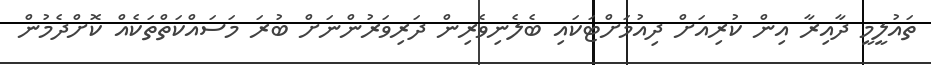
ތައުލީމީ ދާއިރާ އިން ކުރިއަށް ދިއުމަށްޓަކައި ބެލެނިވެރިން ދަރިވަރުންނަށް ބުރަ މަސައްކަތްތަކެއް ކޮށްދެމުން